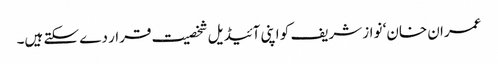
عمران خان‘ نواز شریف کو اپنی آئیڈیل شخصیت قرار دے سکتے ہیں۔